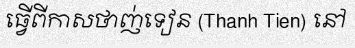
ធ្វើពីកាសថាញ់ទៀន (Thanh Tien) នៅ